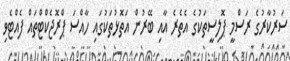
ސަރުކާރުގެ ރަސްމީ ޕޮލިސީތަކުގެ އެތެރެ އާއި ބޭރުން އަތޮޅުތަކުގައި ހާއްސަ ޕްރޮޖެކްޓްތައް ފެއްޓެވި